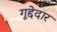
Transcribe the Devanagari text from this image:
गूद्देदार